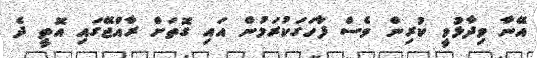
އޭނާ ވިދާޅުވީ ކުރިން ވެސް ފާހަގަކުރަމުން އައި ގޮތަށް ރާއްޖޭގައި އޮތީ ދެ